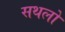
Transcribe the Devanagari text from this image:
सथलों